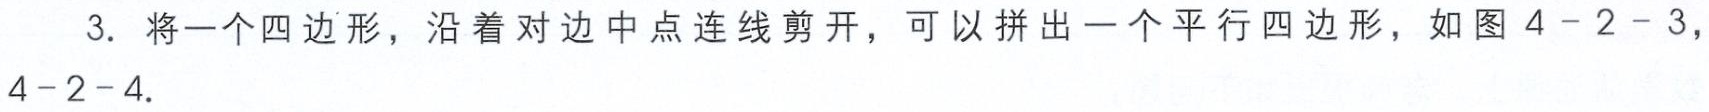
3. 将一个四边形，沿着对边中点连线剪开，可以拼出一个平行四边形，如图 4 - 2 - 3，4 - 2 - 4.